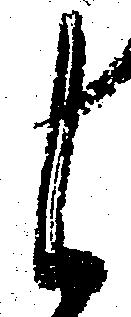
候